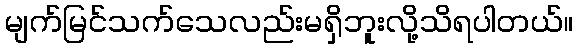
မျက်မြင်သက်သေလည်းမရှိဘူးလို့သိရပါတယ်။